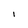
Character: l